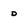
Character: 0